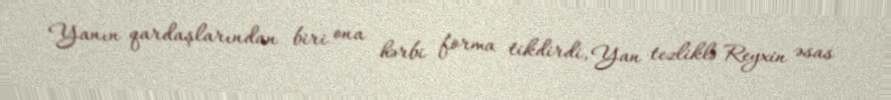
Yanın qardaşlarından biri ona hərbi forma tikdirdi, Yan tezliklə Reyxin əsas